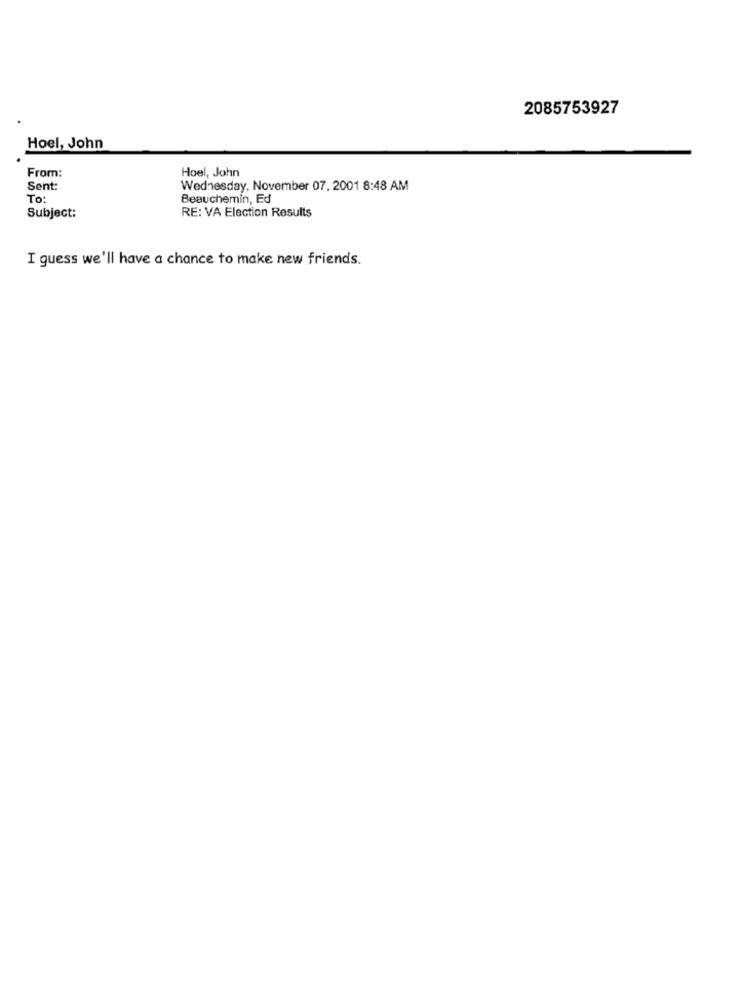
2085753927
Hoel, John
From:
Hoel, John
Sent:
Wednesday, November 07, 2001 8:48 AM
To:
Beauchemin, Ed
Subject:
RE: VA Election Results
I guess we'll have a chance to make new friends.